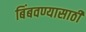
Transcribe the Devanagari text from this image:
बिंबवण्यासाठी